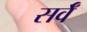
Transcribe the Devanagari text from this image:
सर्वँ